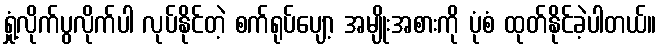
ရှုံ့လိုက်ပွလိုက်ပါ လုပ်နိုင်တဲ့ စက်ရုပ်ပျော့ အမျိုးအစားကို ပုံစံ ထုတ်နိုင်ခဲ့ပါတယ်။